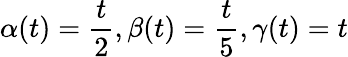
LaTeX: \alpha(t)=\frac{t}{2},\beta(t)=\frac{t}{5},\gamma(t)=t